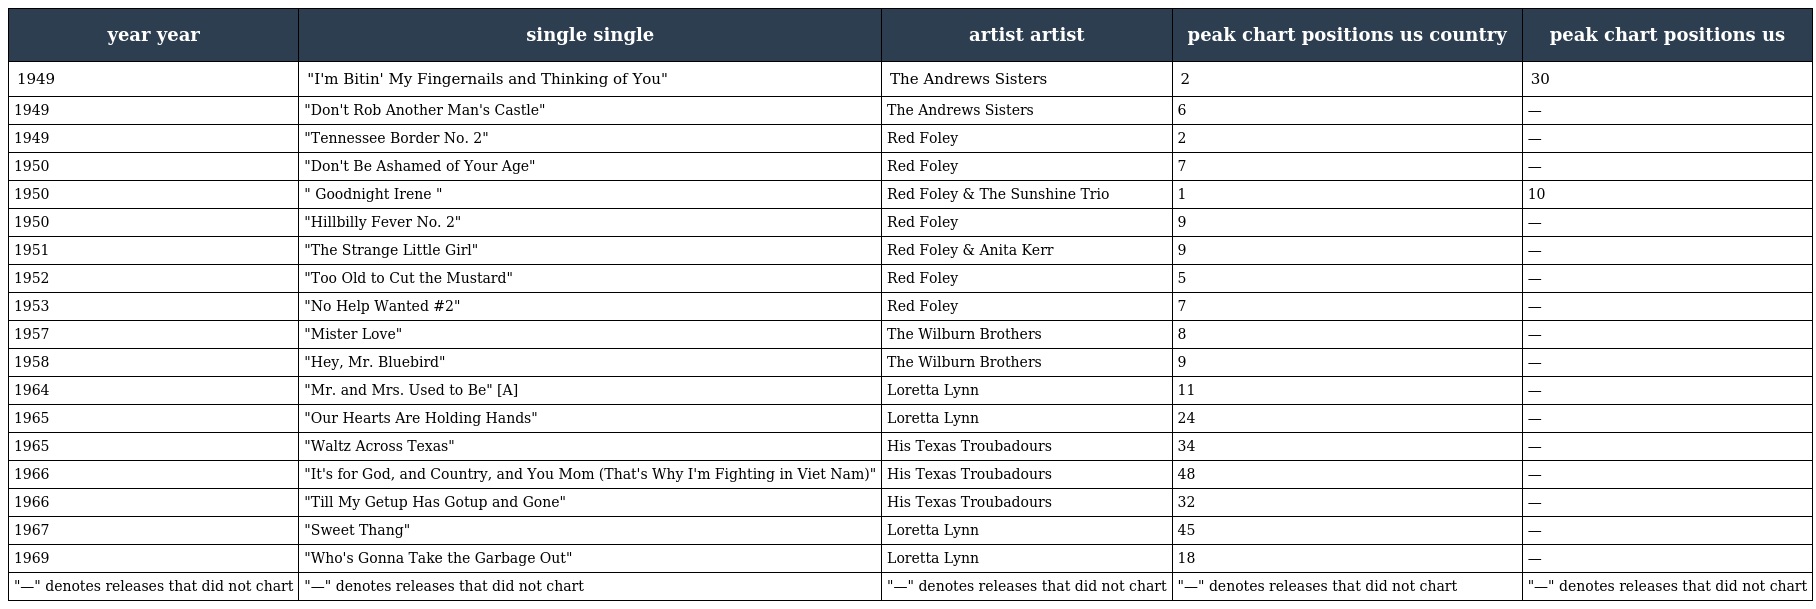
| year year | single single | artist artist | peak chart positions us country | peak chart positions us |
 | --- | --- | --- | --- | --- |
 | 1949 | "I'm Bitin' My Fingernails and Thinking of You" | The Andrews Sisters | 2 | 30 |
 | 1949 | "Don't Rob Another Man's Castle" | The Andrews Sisters | 6 | — |
 | 1949 | "Tennessee Border No. 2" | Red Foley | 2 | — |
 | 1950 | "Don't Be Ashamed of Your Age" | Red Foley | 7 | — |
 | 1950 | " Goodnight Irene " | Red Foley & The Sunshine Trio | 1 | 10 |
 | 1950 | "Hillbilly Fever No. 2" | Red Foley | 9 | — |
 | 1951 | "The Strange Little Girl" | Red Foley & Anita Kerr | 9 | — |
 | 1952 | "Too Old to Cut the Mustard" | Red Foley | 5 | — |
 | 1953 | "No Help Wanted #2" | Red Foley | 7 | — |
 | 1957 | "Mister Love" | The Wilburn Brothers | 8 | — |
 | 1958 | "Hey, Mr. Bluebird" | The Wilburn Brothers | 9 | — |
 | 1964 | "Mr. and Mrs. Used to Be" [A] | Loretta Lynn | 11 | — |
 | 1965 | "Our Hearts Are Holding Hands" | Loretta Lynn | 24 | — |
 | 1965 | "Waltz Across Texas" | His Texas Troubadours | 34 | — |
 | 1966 | "It's for God, and Country, and You Mom (That's Why I'm Fighting in Viet Nam)" | His Texas Troubadours | 48 | — |
 | 1966 | "Till My Getup Has Gotup and Gone" | His Texas Troubadours | 32 | — |
 | 1967 | "Sweet Thang" | Loretta Lynn | 45 | — |
 | 1969 | "Who's Gonna Take the Garbage Out" | Loretta Lynn | 18 | — |
 | "—" denotes releases that did not chart | "—" denotes releases that did not chart | "—" denotes releases that did not chart | "—" denotes releases that did not chart | "—" denotes releases that did not chart |